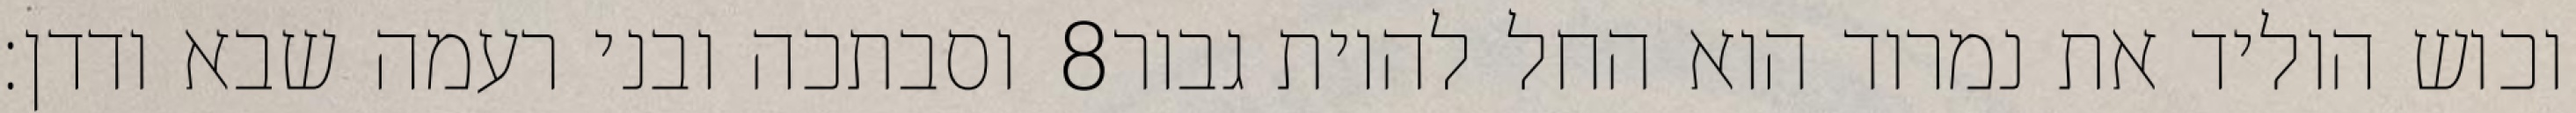
וסבתכה ובני רעמה שבא ודדן׃ ‎8‏ וכוש הוליד את נמרוד הוא החל להיות גבור